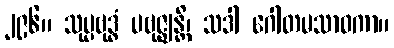
၂၉၆။ သုပ္ပဗုဒ္ဓံ ပဗုဇ္ဈန္တိ၊ သဒါ ဂေါတမသာဝကာ။